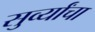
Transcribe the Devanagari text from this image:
सुर्व्यांचा